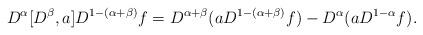
LaTeX: \begin{align*}D^{\alpha}[D^{\beta}, a] D^{1-(\alpha+\beta)} f = D^{\alpha+\beta} ( a D^{1-(\alpha+\beta)} f ) - D^{\alpha} (a D^{1-\alpha} f ).\end{align*}